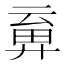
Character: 𢍞